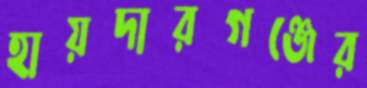
হায়দারগঞ্জের